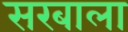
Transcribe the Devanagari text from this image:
सरबाला